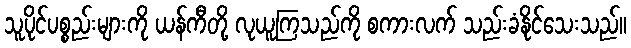
သူပိုင်ပစ္စည်းများကို ယန်ကီတို့ လုယူကြသည်ကို စကားလက် သည်းခံနိုင်သေးသည်။